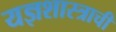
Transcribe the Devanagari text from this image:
यज्ञशास्त्राची